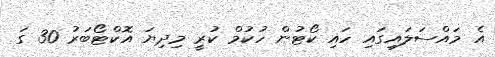
އެ މައްސަލައިގައި ހައި ކޯޓުން ހުކުމް ކުރީ މިދިޔަ އޮކްޓޯބަރު 30 ގަ